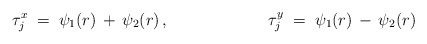
\begin{align*}\tau^x_j \;=\; \psi_1(r) \,+\, \psi_2(r) \,,\hspace{2.5cm}\tau^y_j \;=\; \psi_1(r) \,-\, \psi_2(r)\end{align*}